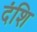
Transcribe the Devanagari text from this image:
दंशि